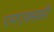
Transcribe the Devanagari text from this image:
एमएक्ससी